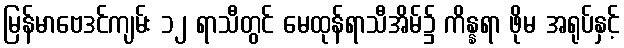
မြန်မာဗေဒင်ကျမ်း ၁၂ ရာသီတွင် မေထုန်ရာသီအိမ်၌ ကိန္နရာ ဖိုမ အရုပ်နှင့်